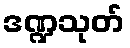
ဒဏ္ဍသုတ်